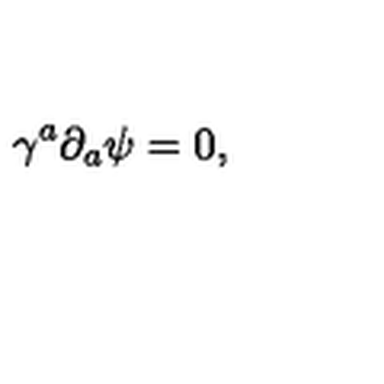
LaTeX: \gamma ^ { a } \partial _ { a } \psi = 0 ,